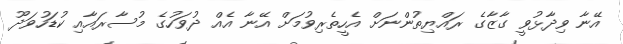
އޭނާ ވިދާޅުވީ ގާޒާގެ ރައްޔިތުންނަށް އެހީތެރިވުމަށް އޭނާ އެއް ދުވަހުގެ މުސާރައާއި ކުޑަހުވަދޫ